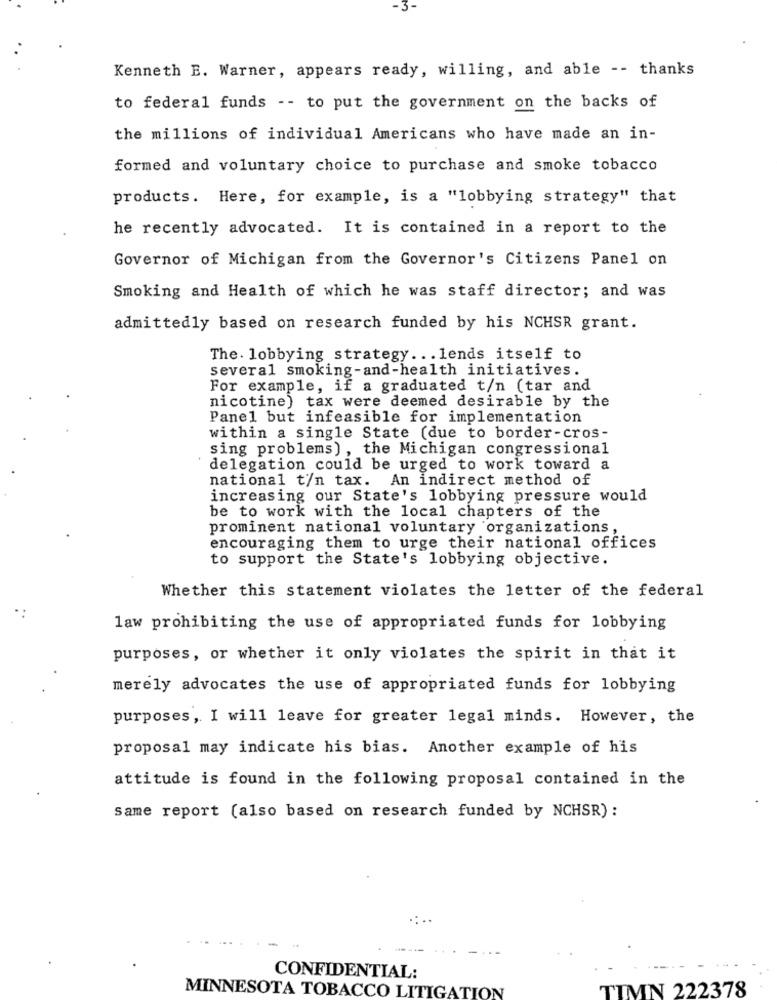
Kenneth E. Warner, appears ready, willing, and able -- thanks
to federal funds -- to put the government on the backs of
the millions of individual Americans who have made an in-
formed and voluntary choice to purchase and smoke tobacco
products. Here, for example, is a "lobbying strategy" that
he recently advocated. It is contained in a report to the
Governor of Michigan from the Governor's Citizens Panel on
Smoking and Health of which he was staff director; and was
admittedly based on research funded by his NCHSR grant.
The. lobbying strategy ... lends itself to
several smoking-and-health initiatives.
For example, if a graduated t/n (tar and
nicotine) tax were deemed desirable by the
Panel but infeasible for implementation
within a single State (due to border-cros-
sing problems) , the Michigan congressional
delegation could be urged to work toward a
national t/n tax. An indirect method of
increasing our State's lobbying pressure would
be to work with the local chapters of the
prominent national voluntary organizations,
encouraging them to urge their national offices
to support the State's lobbying objective.
Whether this statement violates the letter of the federal
law prohibiting the use of appropriated funds for lobbying
purposes, or whether it only violates the spirit in that it
merely advocates the use of appropriated funds for lobbying
purposes, I will leave for greater legal minds. However, the
proposal may indicate his bias. Another example of his
attitude is found in the following proposal contained in the
Same report (also based on research funded by NCHSR) :
CONFIDENTIAL:
TIMN 222378
MINNESOTA TOBACCO LITIGATION